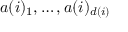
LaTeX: a ( i ) _ { 1 } , \dots , a ( i ) _ { d ( i ) }